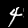
Label: 4